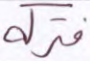
فتركه